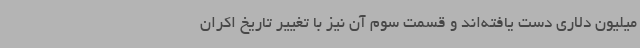
میلیون دلاری دست یافته‌اند و قسمت سوم آن نیز با تغییر تاریخ اکران